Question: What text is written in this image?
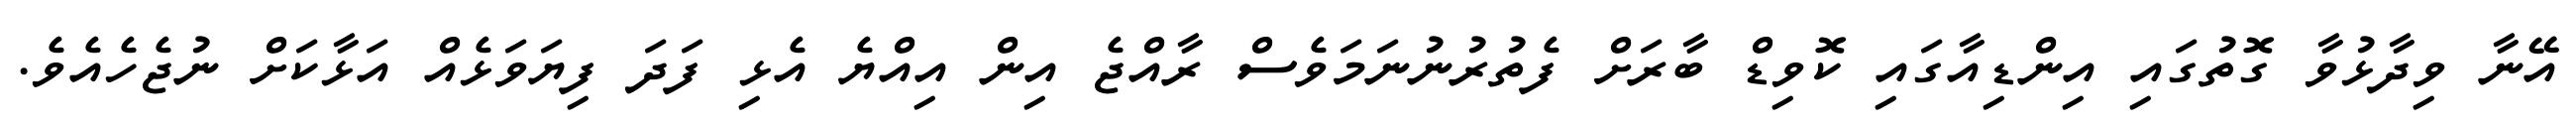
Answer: އޭނާ ވިދާޅުވާ ގޮތުގައި އިންޑިއާގައި ކޮވިޑް ބާރަށް ފެތުރުނުނަމަވެސް ރާއްޖެ އިން އިއްޔެ އެޅި ފަދަ ފިޔަވަޅެއް އަޅާކަށް ނުޖެހެއެވެ.